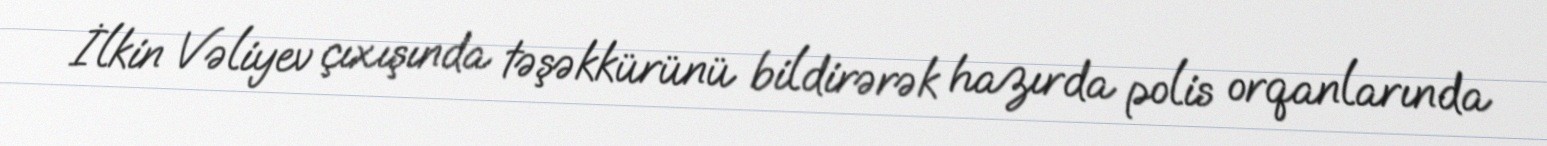
İlkin Vəliyev çıxışında təşəkkürünü bildirərək hazırda polis orqanlarında